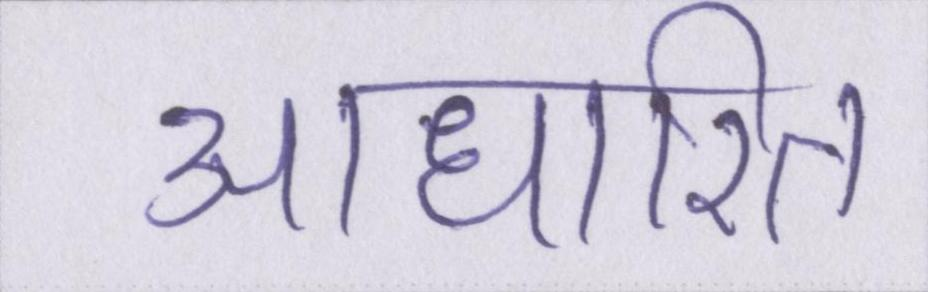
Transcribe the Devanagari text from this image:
आधारित